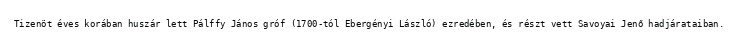
Tizenöt éves korában huszár lett Pálffy János gróf (1700-tól Ebergényi László) ezredében, és részt vett Savoyai Jenő hadjárataiban.